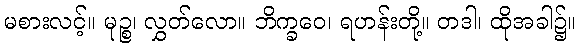
မစားလင့်။ မုဉ္စ၊ လွှတ်လော။ ဘိက္ခဝေ၊ ရဟန်းတို့။ တဒါ၊ ထိုအခါ၌။